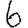
Digit: 6